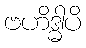
ဗဟိဒ္ဓါပိ